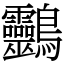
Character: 䴒